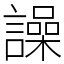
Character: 譟